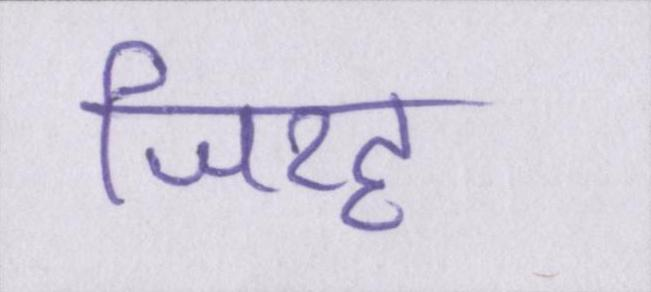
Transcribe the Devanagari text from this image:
जिरह